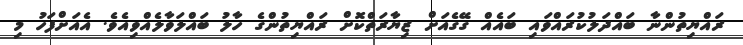
ރައްޔިތުންނާ ބައްދަލުކުރައްވައި ބައެއް ގޭގެއަށް ޒިޔާރަތްކޮށް ރައްޔިތުންގެ ހާލު ބައްލަވާލެއްވިއެވެ. އެއަށްފަހު މި